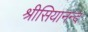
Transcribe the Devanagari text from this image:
श्रीसियानन्द